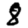
Digit: 8